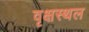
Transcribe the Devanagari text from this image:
वृक्षस्थल